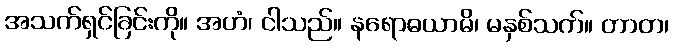
အသက်ရှင်ခြင်းကို။ အဟံ၊ ငါသည်။ နရောဓယာမိ၊ မနှစ်သက်။ တာတ၊